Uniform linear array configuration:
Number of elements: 8
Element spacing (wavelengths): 1
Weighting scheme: kaiser
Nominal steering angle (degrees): -45
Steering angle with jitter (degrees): -46.474
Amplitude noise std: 0.05
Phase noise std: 0.05

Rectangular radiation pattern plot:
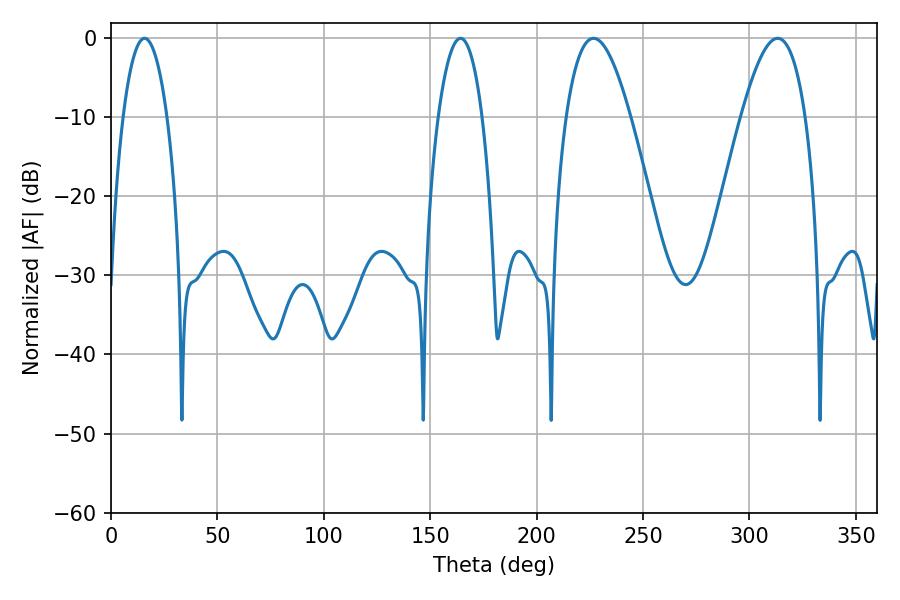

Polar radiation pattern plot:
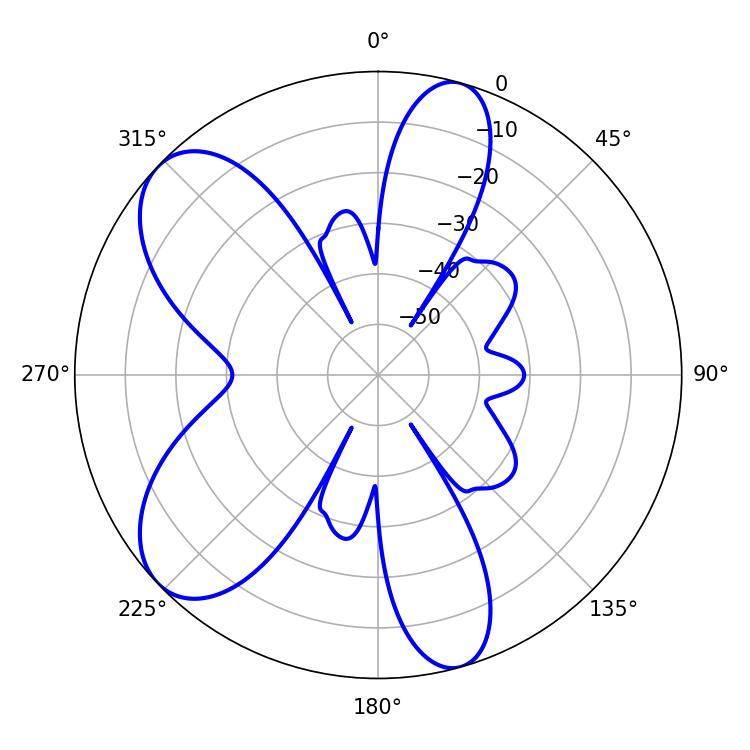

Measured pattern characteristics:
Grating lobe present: TRUE
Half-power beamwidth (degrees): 16.38
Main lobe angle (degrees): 226.8